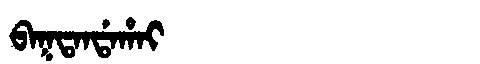
Manchu: ᠪᠠᡴᡨᠠᠨᡩᠠᡥᠠᡳ
Romanization: BAKTANDAHAI